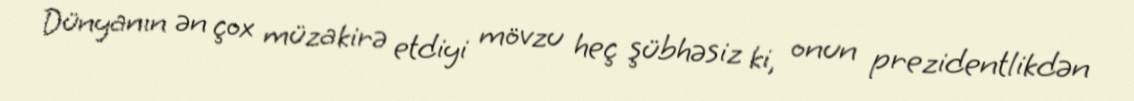
Dünyanın ən çox müzakirə etdiyi mövzu heç şübhəsiz ki, onun prezidentlikdən